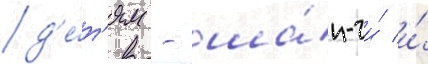
д'е́т'ям - ша́н-чи́ и́